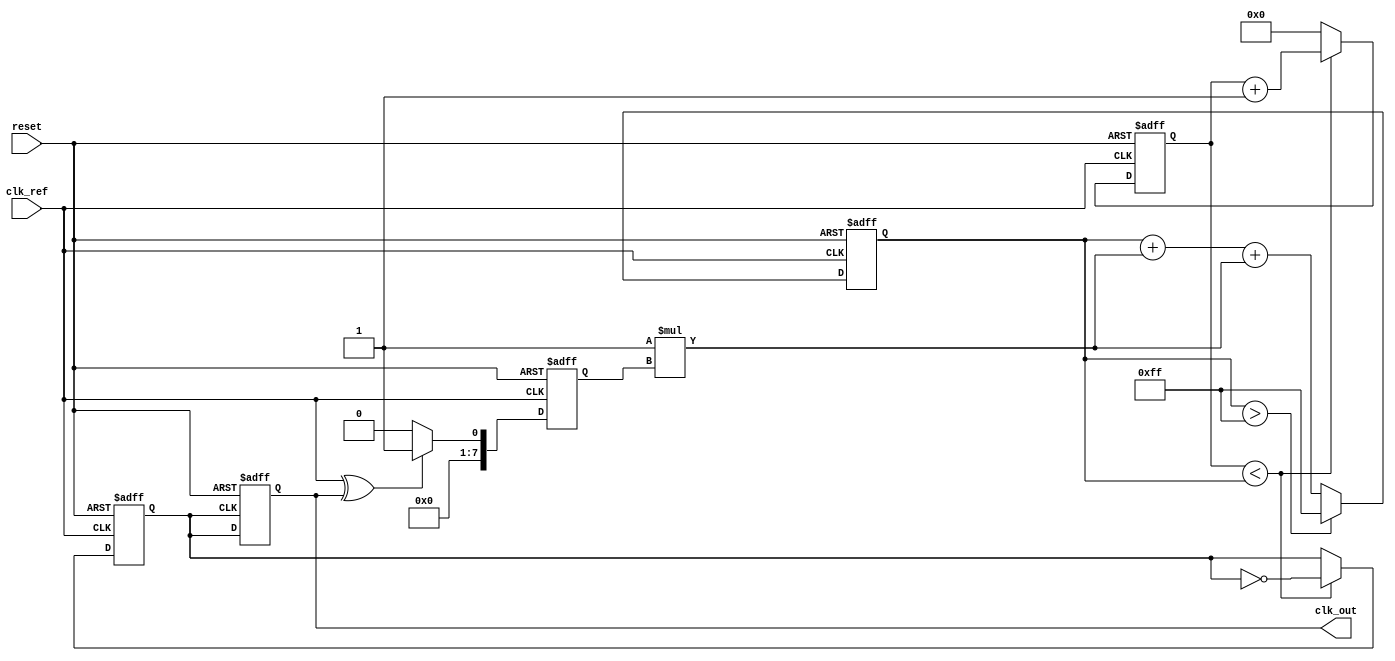
module ADPLL (
    input wire clk_ref,              // Reference clock input
    input wire reset,                // Reset signal
    output reg clk_out               // Output clock
);

    // Parameters
    parameter N = 8;                 // Frequency increment resolution
    parameter K_P = 1;               // Proportional gain for Phase Detector
    parameter K_I = 1;               // Integral gain for Loop Filter
    parameter DCO_MAX = 255;         // Maximum DCO control value

    // Internal signals
    reg [N-1:0] phase_error;         // Phase error output from Phase Detector
    reg [N-1:0] control;             // Control signal for DCO
    reg [N-1:0] dco_counter;         // DCO counter
    reg [N-1:0] loop_filter;         // Loop Filter output
    reg clk_dco;                     // DCO output clock

    // Phase Detector (PD)
    always @(posedge clk_ref or posedge reset) begin
        if (reset) begin
            phase_error <= 0;
        end else begin
            // Simple XOR phase detection
            phase_error <= (clk_ref ^ clk_out) ? 1 : 0;
        end
    end

    // Loop Filter (LF) - Simple digital integrator
    always @(posedge clk_ref or posedge reset) begin
        if (reset) begin
            loop_filter <= 0;
        end else begin
            // Proportional + Integral control
            loop_filter <= loop_filter + (K_P * phase_error) + (K_I * phase_error);
            if (loop_filter > DCO_MAX) begin
                loop_filter <= DCO_MAX; // Clamp to maximum
            end
        end
    end

    // Digital Controlled Oscillator (DCO)
    always @(posedge clk_ref or posedge reset) begin
        if (reset) begin
            dco_counter <= 0;
            clk_dco <= 0;
        end else begin
            // DCO frequency control logic
            if (dco_counter < loop_filter) begin
                clk_dco <= ~clk_dco; // Toggle DCO clock output
                dco_counter <= dco_counter + 1;
            end else begin
                dco_counter <= 0; // Reset counter
            end
        end
    end

    // Feedback path
    always @(posedge clk_dco or posedge reset) begin
        if (reset) begin
            clk_out <= 0;
        end else begin
            clk_out <= clk_dco; // Output clock from DCO
        end
    end

endmodule